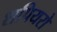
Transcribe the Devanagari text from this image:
शपियरो